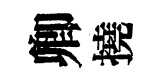
卿撓